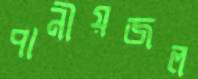
পানীয়জল